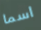
اسما